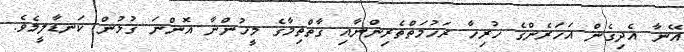
އޭނާ އެދިގެން އަހަރެންގެ ހުރިހާ ރަހުމަތްތެރިންނާއި ގާތްތިމާގެ މީހުންނާ އޮންނަ ގުޅުން ކަނޑާލީމެވެ.